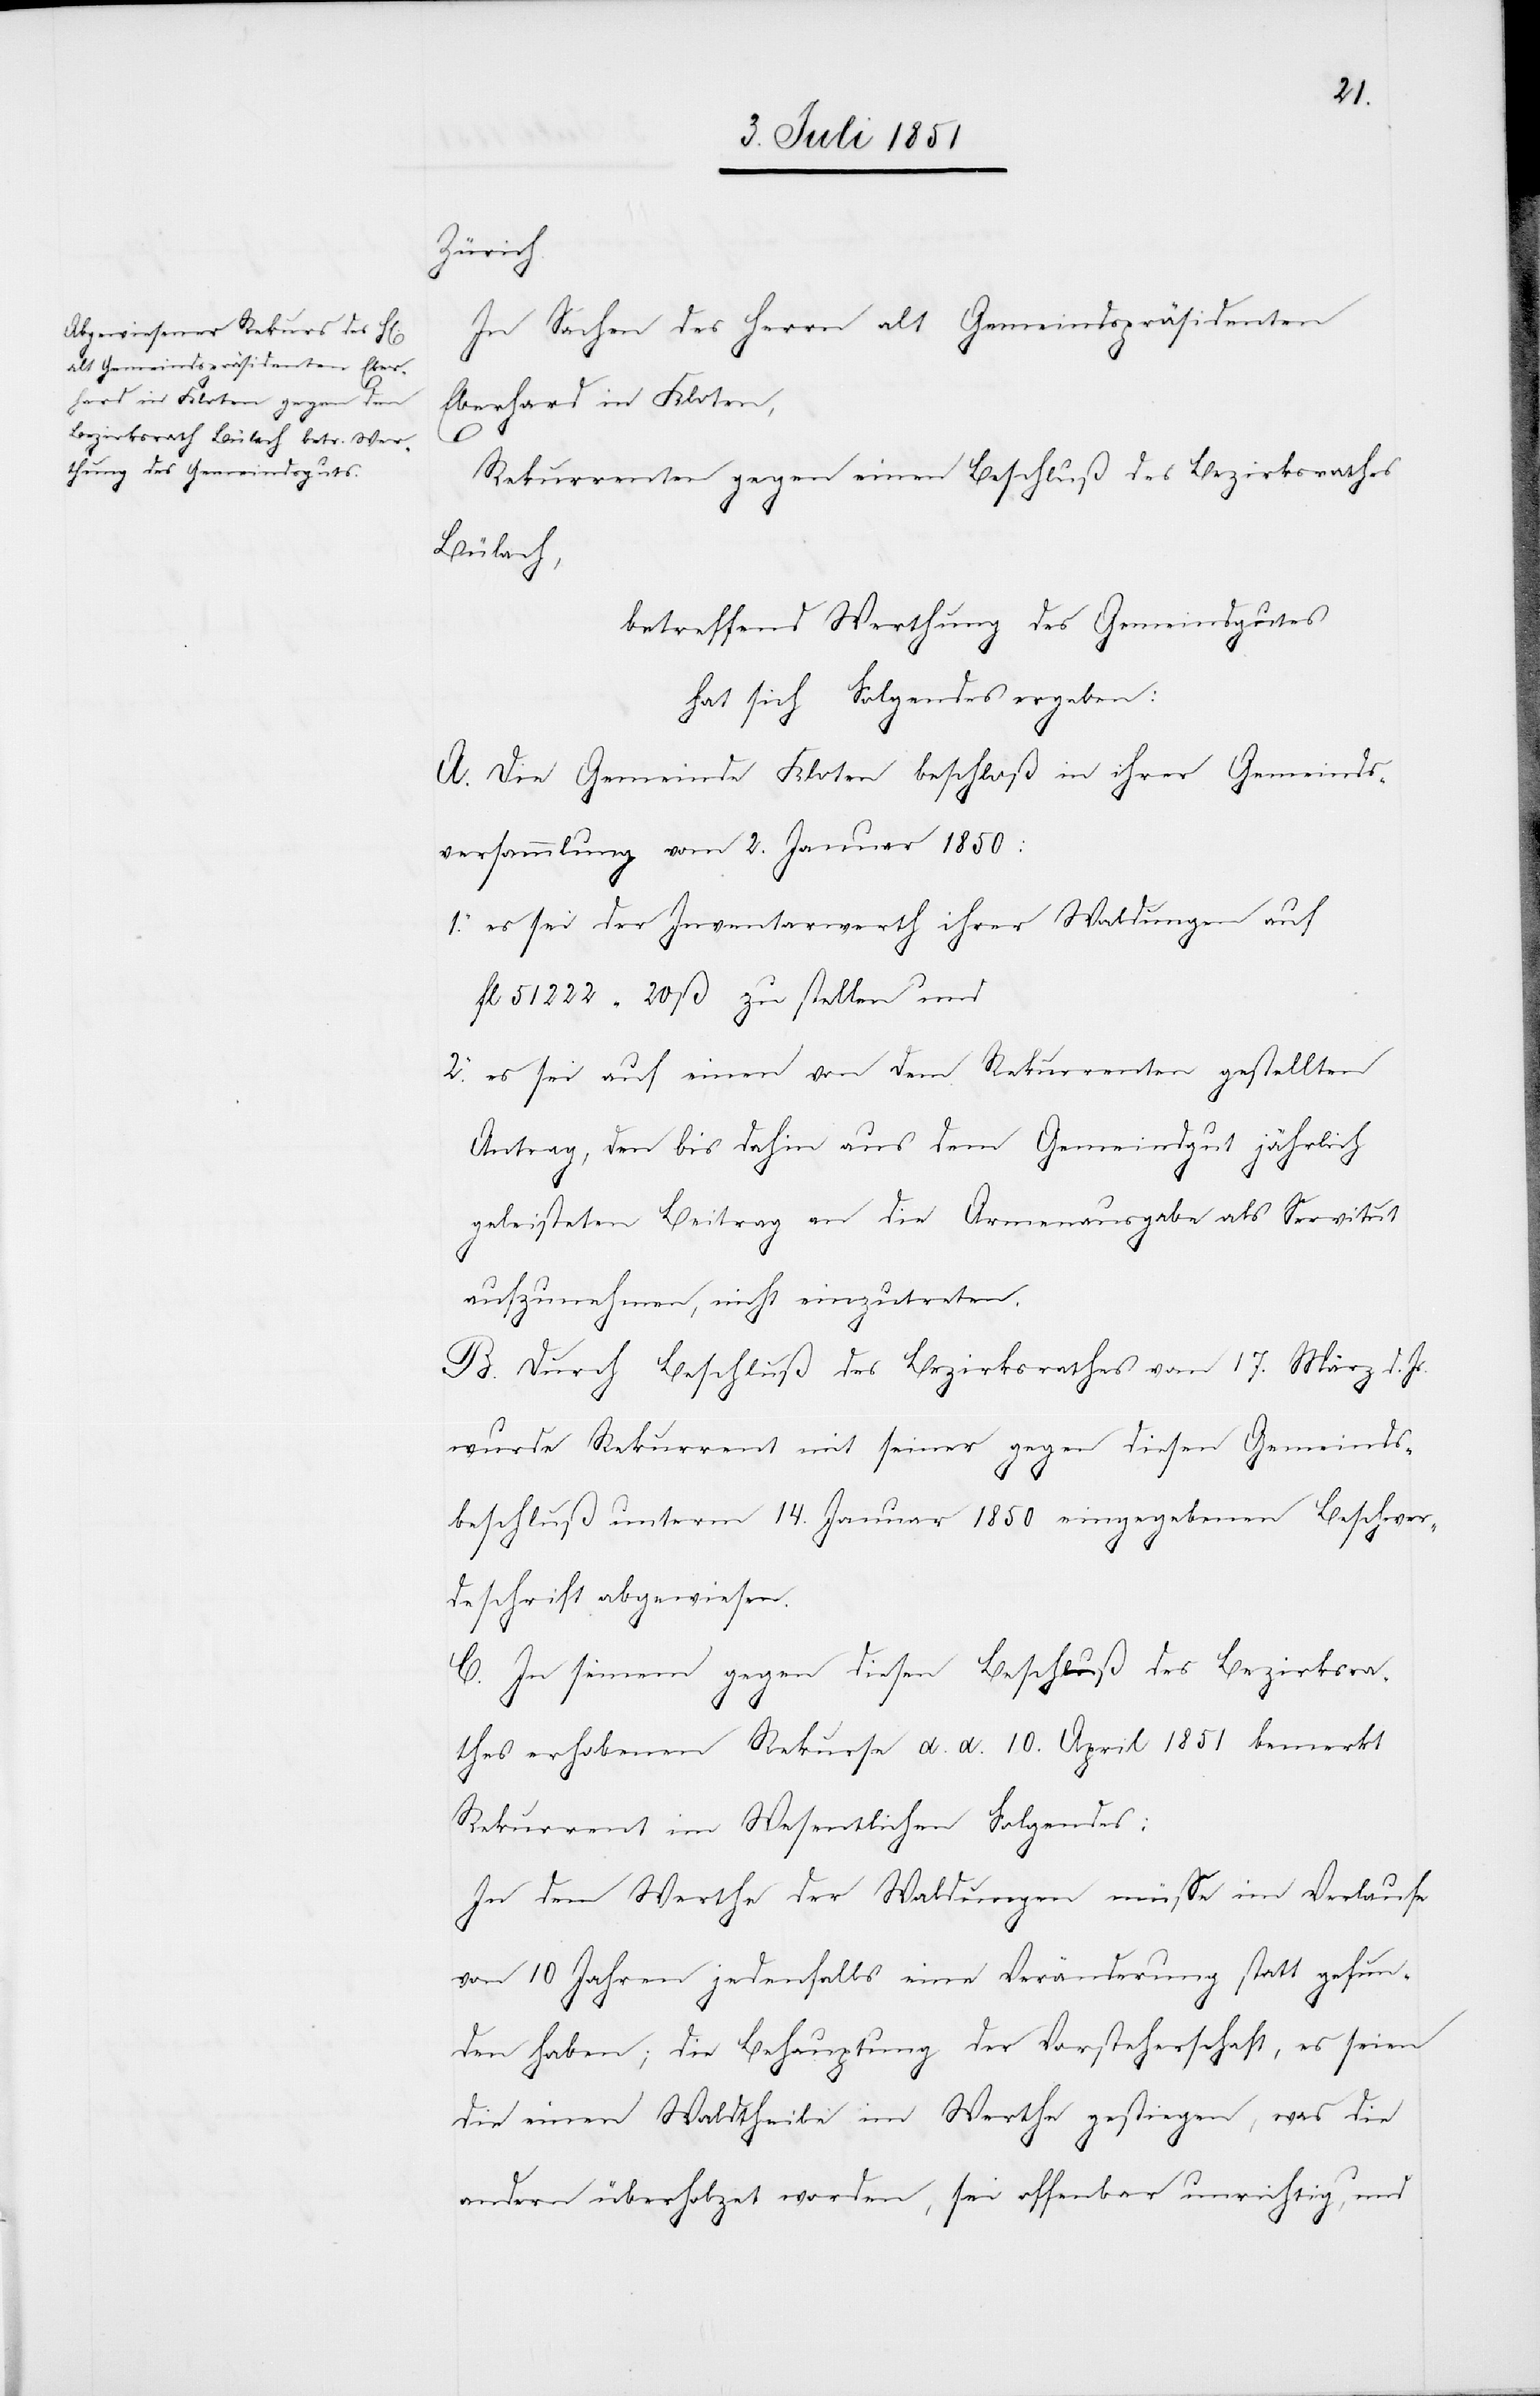
Zürich.
In Sachen des Herrn alt Gemeindspräsidenten
Eberhard in Kloten,
Rekurrenten gegen einen Beschluß des Bezirksrathes
Bülach,
betreffend Werthung des Gemeindgutes
hat sich Folgendes ergeben:
A. Die Gemeinde Kloten beschloß in ihrer Gemeinds¬
versammlung vom 2. Januar 1850:
es sei der Inventarwerth ihrer Waldungen auf
fl 51 222 20 ß zu stellen und
es sei auf einen von dem Rekurrenten gestellten
Antrag, den bis dahin aus dem Gemeindgut jährlich
2.
geleisteten Beitrag an die Armenausgabe als Servitut
aufzunehmen, nicht einzutreten.
B. Durch Beschluß des Bezirksrathes vom 17. März d. Js.
wurde Rekurrent mit seiner gegen diesen Gemeinds¬
beschluß unterm 14. Januar 1850 eingegebenen Beschwer¬
deschrift abgewiesen.
C. In seinem gegen diesen Beschluß des Bezirksra¬
thes erhobenen Rekurse d. d. 10. April 1851 bemerkt
Rekurrent im Wesentlichen Folgendes:
In dem Werthe der Waldungen müsse im Verlaufe
von 10 Jahren jedenfalls eine Veränderung statt gefun¬
den haben; die Behauptung der Vorsteherschaft, es seien
die einen Waldtheile im Werthe gestiegen, was die
andern überholzet worden, sei offenbar unrichtig, und